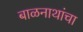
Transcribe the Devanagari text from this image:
बाळनाथांचा